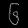
Digit: ၆